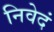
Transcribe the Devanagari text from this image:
निवेदं